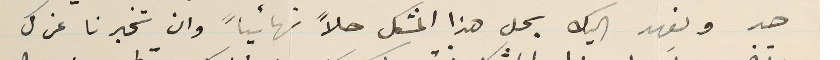
حد ونعهد اليك بحل هذا المشكل حلاً نهائياً وان تخبرنا عن كل